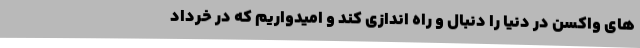
های واکسن در دنیا را دنبال و راه ‌اندازی کند و امیدواریم که در خرداد